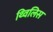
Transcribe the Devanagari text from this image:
थ्‍विलिस